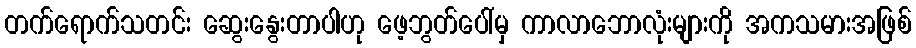
တက်ရောက်သတင်း ဆွေးနွေးတာပါဟု ဖေ့ဘွတ်ပေါ်မှ ကာလာဘောလုံးများကို အကသမားအဖြစ်